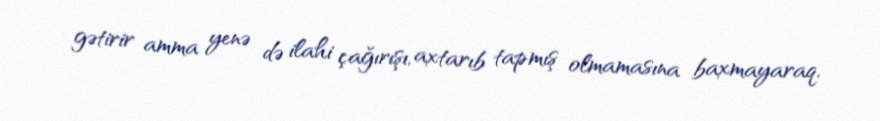
gətirir amma yenə də ilahi çağırışı, axtarıb tapmış olmamasına baxmayaraq,